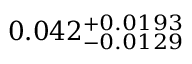
0 . 0 4 2 _ { - 0 . 0 1 2 9 } ^ { + 0 . 0 1 9 3 }